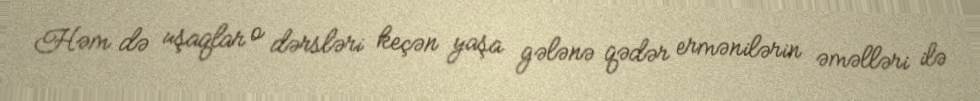
Həm də uşaqlar o dərsləri keçən yaşa gələnə qədər ermənilərin əməlləri ilə